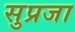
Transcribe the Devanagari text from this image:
सुप्रजा